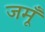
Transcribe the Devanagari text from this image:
जमूँ